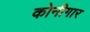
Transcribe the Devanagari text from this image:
कोनीगार